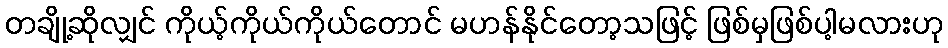
တချို့ဆိုလျှင် ကိုယ့်ကိုယ်ကိုယ်တောင် မဟန်နိုင်တော့သဖြင့် ဖြစ်မှဖြစ်ပါ့မလားဟု